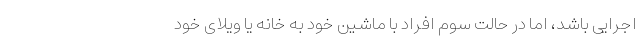
اجرایی باشد، اما در حالت سوم افراد با ماشین خود به خانه یا ویلای خود